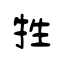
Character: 牲